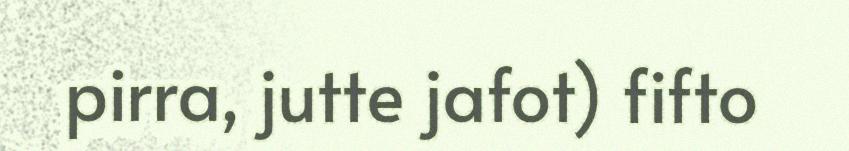
pirra, jutte jafot) fifto